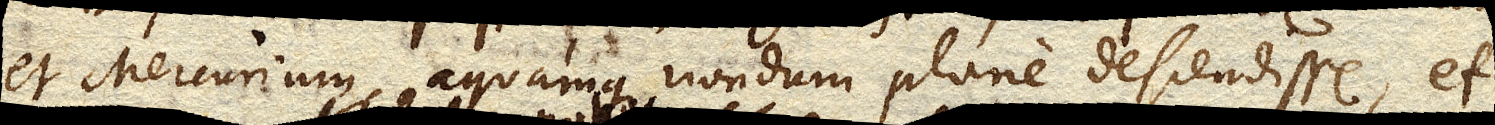
et Mercurium aquamque nondum plane descendisse, et